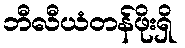
ဘီလီယံတန်ဖိုးရှိ